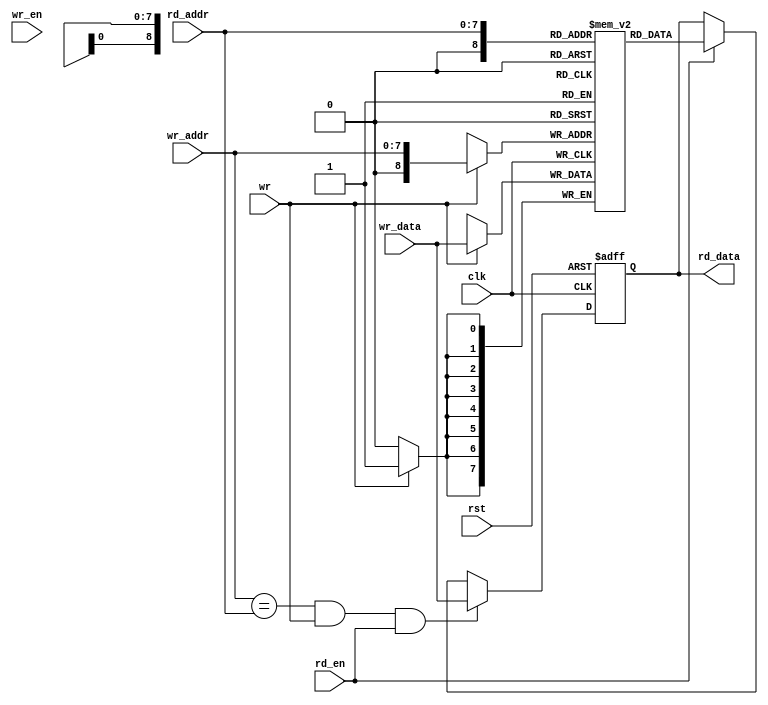
module oc8051_ram_256x8_two_bist (
                     clk,
                     rst,
		     rd_addr,
		     rd_data,
		     rd_en,
		     wr_addr,
		     wr_data,
		     wr_en,
		     wr
	     );


input         clk, 
              wr, 
	      rst,
	      rd_en,
	      wr_en;
input  [7:0]  wr_data;
input  [7:0]  rd_addr,
              wr_addr;
output [7:0]  rd_data;
reg    [7:0]  rd_data;

//
// buffer
reg    [7:0]  buff [0:256];


//
// writing to ram
always @(posedge clk)
begin
 if (wr)
    buff[wr_addr] <=  wr_data;
end

//
// reading from ram
always @(posedge clk or posedge rst)
begin
  if (rst)
    rd_data <=  8'h0;
  else if ((wr_addr==rd_addr) & wr & rd_en)
    rd_data <=  wr_data;
  else if (rd_en)
    rd_data <=  buff[rd_addr];
end

endmodule